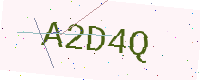
Text: A2D4Q